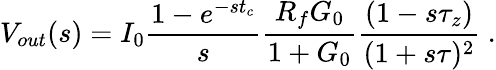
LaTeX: V_{out}(s)=I_{0}\frac{1-e^{-st_{c}}}{s}\frac{R_{f}G_{0}}{1+G_{0}}\frac{(1-s\tau_{z})}{(1+s\tau)^{2}}~.